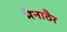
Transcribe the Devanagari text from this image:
मैनाठैर